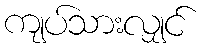
ကျပ်သားလျှင်